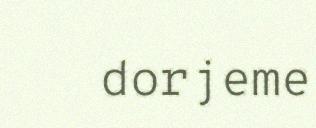
dorjeme